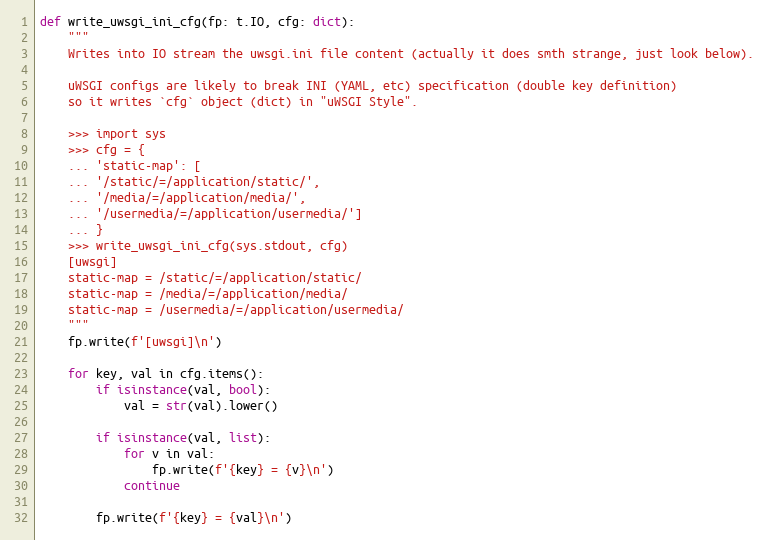
Language: Python
def write_uwsgi_ini_cfg(fp: t.IO, cfg: dict):
    """
    Writes into IO stream the uwsgi.ini file content (actually it does smth strange, just look below).

    uWSGI configs are likely to break INI (YAML, etc) specification (double key definition)
    so it writes `cfg` object (dict) in "uWSGI Style".

    >>> import sys
    >>> cfg = {
    ... 'static-map': [
    ... '/static/=/application/static/',
    ... '/media/=/application/media/',
    ... '/usermedia/=/application/usermedia/']
    ... }
    >>> write_uwsgi_ini_cfg(sys.stdout, cfg)
    [uwsgi]
    static-map = /static/=/application/static/
    static-map = /media/=/application/media/
    static-map = /usermedia/=/application/usermedia/
    """
    fp.write(f'[uwsgi]\n')

    for key, val in cfg.items():
        if isinstance(val, bool):
            val = str(val).lower()

        if isinstance(val, list):
            for v in val:
                fp.write(f'{key} = {v}\n')
            continue

        fp.write(f'{key} = {val}\n')